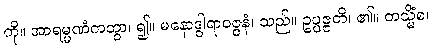
ကို။ အာရမ္မဏံကတွာ၊ ၍။ မနောဒွါရာဝဇ္ဇနံ၊ သည်။ ဥပ္ပဇ္ဇတိ၊ ၏။ တသ္မိံစ၊